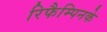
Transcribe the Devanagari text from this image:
रिफैम्पिनके